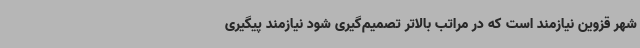
شهر قزوین نیازمند است که در مراتب بالاتر تصمیم‌گیری شود نیازمند پیگیری